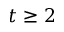
t \geq 2